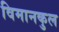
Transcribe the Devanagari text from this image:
विमानकुल